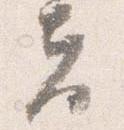
夫